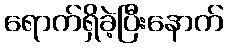
ရောက်ရှိခဲ့ပြီးနောက်